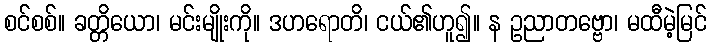
စင်စစ်။ ခတ္တိယော၊ မင်းမျိုးကို။ ဒဟရောတိ၊ ငယ်၏ဟူ၍။ န ဥညာတဗ္ဗော၊ မထီမဲ့မြင်